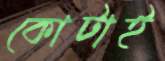
কোটাই